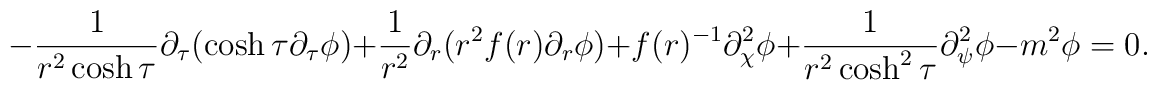
-\frac{1}{r^2 \cosh \tau} \partial _\tau (\cosh \tau \partial _\tau \phi) + \frac{1}{r^2} \partial _r ( r^2 f(r) \partial _r \phi) + f(r)^{-1} \partial_\chi ^2 \phi + \frac{1}{r^2 \cosh ^2 \tau} \partial _\psi ^2 \phi - m^2 \phi = 0 .